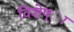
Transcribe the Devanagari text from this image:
विशेष्ा